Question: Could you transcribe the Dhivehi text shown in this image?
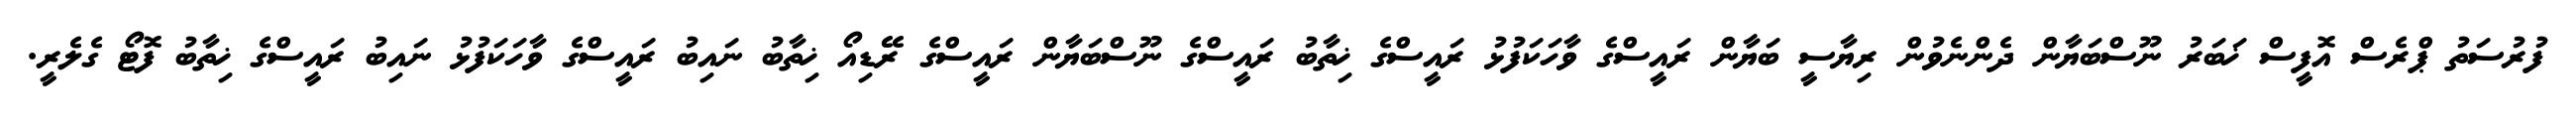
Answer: ފުރުސަތު ޕްރެސް އޮފީސް ޚަބަރު ނޫސްބަޔާން ދެންނެވުން ރިޔާސީ ބަޔާން ރައީސްގެ ވާހަކަފުޅު ރައީސްގެ ޚިތާބު ރައީސްގެ ނޫސްބަޔާން ރައީސްގެ ރޭޑިއޯ ޚިތާބު ނައިބު ރައީސްގެ ވާހަކަފުޅު ނައިބު ރައީސްގެ ޚިތާބު ފޮޓޯ ގެލެރީ.